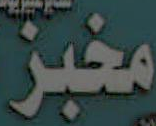
مخبز